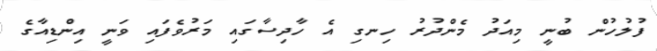
ފުލުހުން ބުނީ މިއަދު މެންދުރު ހިނގި އެ ހާދިސާގައި މަރުވެފައި ވަނީ އިންޑިއާގެ